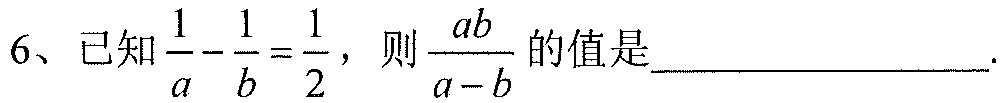
6、已知$\frac{1}{a}-\frac{1}{b}=\frac{1}{2}$，则$\frac{ab}{a - b}$的值是___.